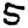
Digit: 5